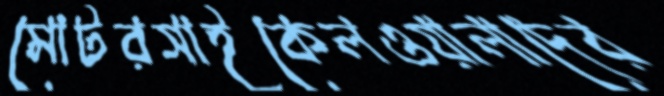
মোটরসাইকেলওয়ালাদের